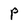
Character: P